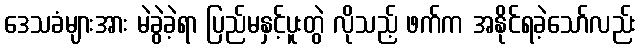
ဒေသခံများအား မဲခွဲခဲ့ရာ ပြည်မနှင့်ပူးတွဲ လိုသည့် ဖက်က အနိုင်ရခဲ့သော်လည်း